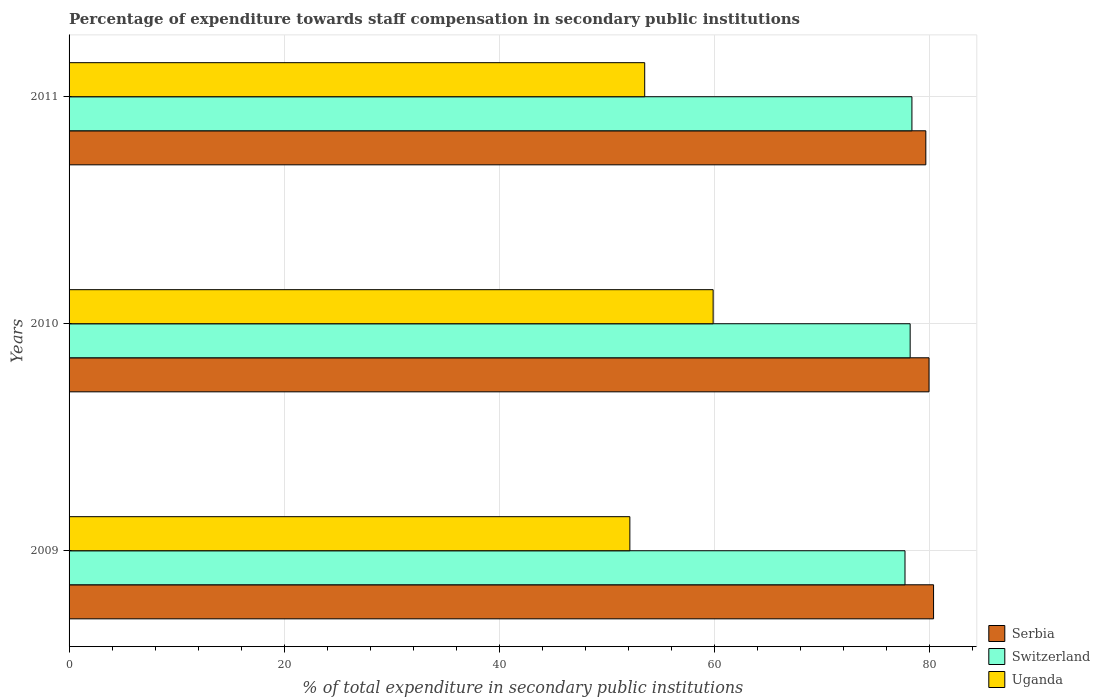
| Years | Serbia | Switzerland | Uganda |
 | --- | --- | --- | --- |
 | 2009 | 80.4 | 77.7 | 52.2 |
 | 2010 | 80 | 78.2 | 59.9 |
 | 2011 | 79.7 | 78.4 | 53.5 |